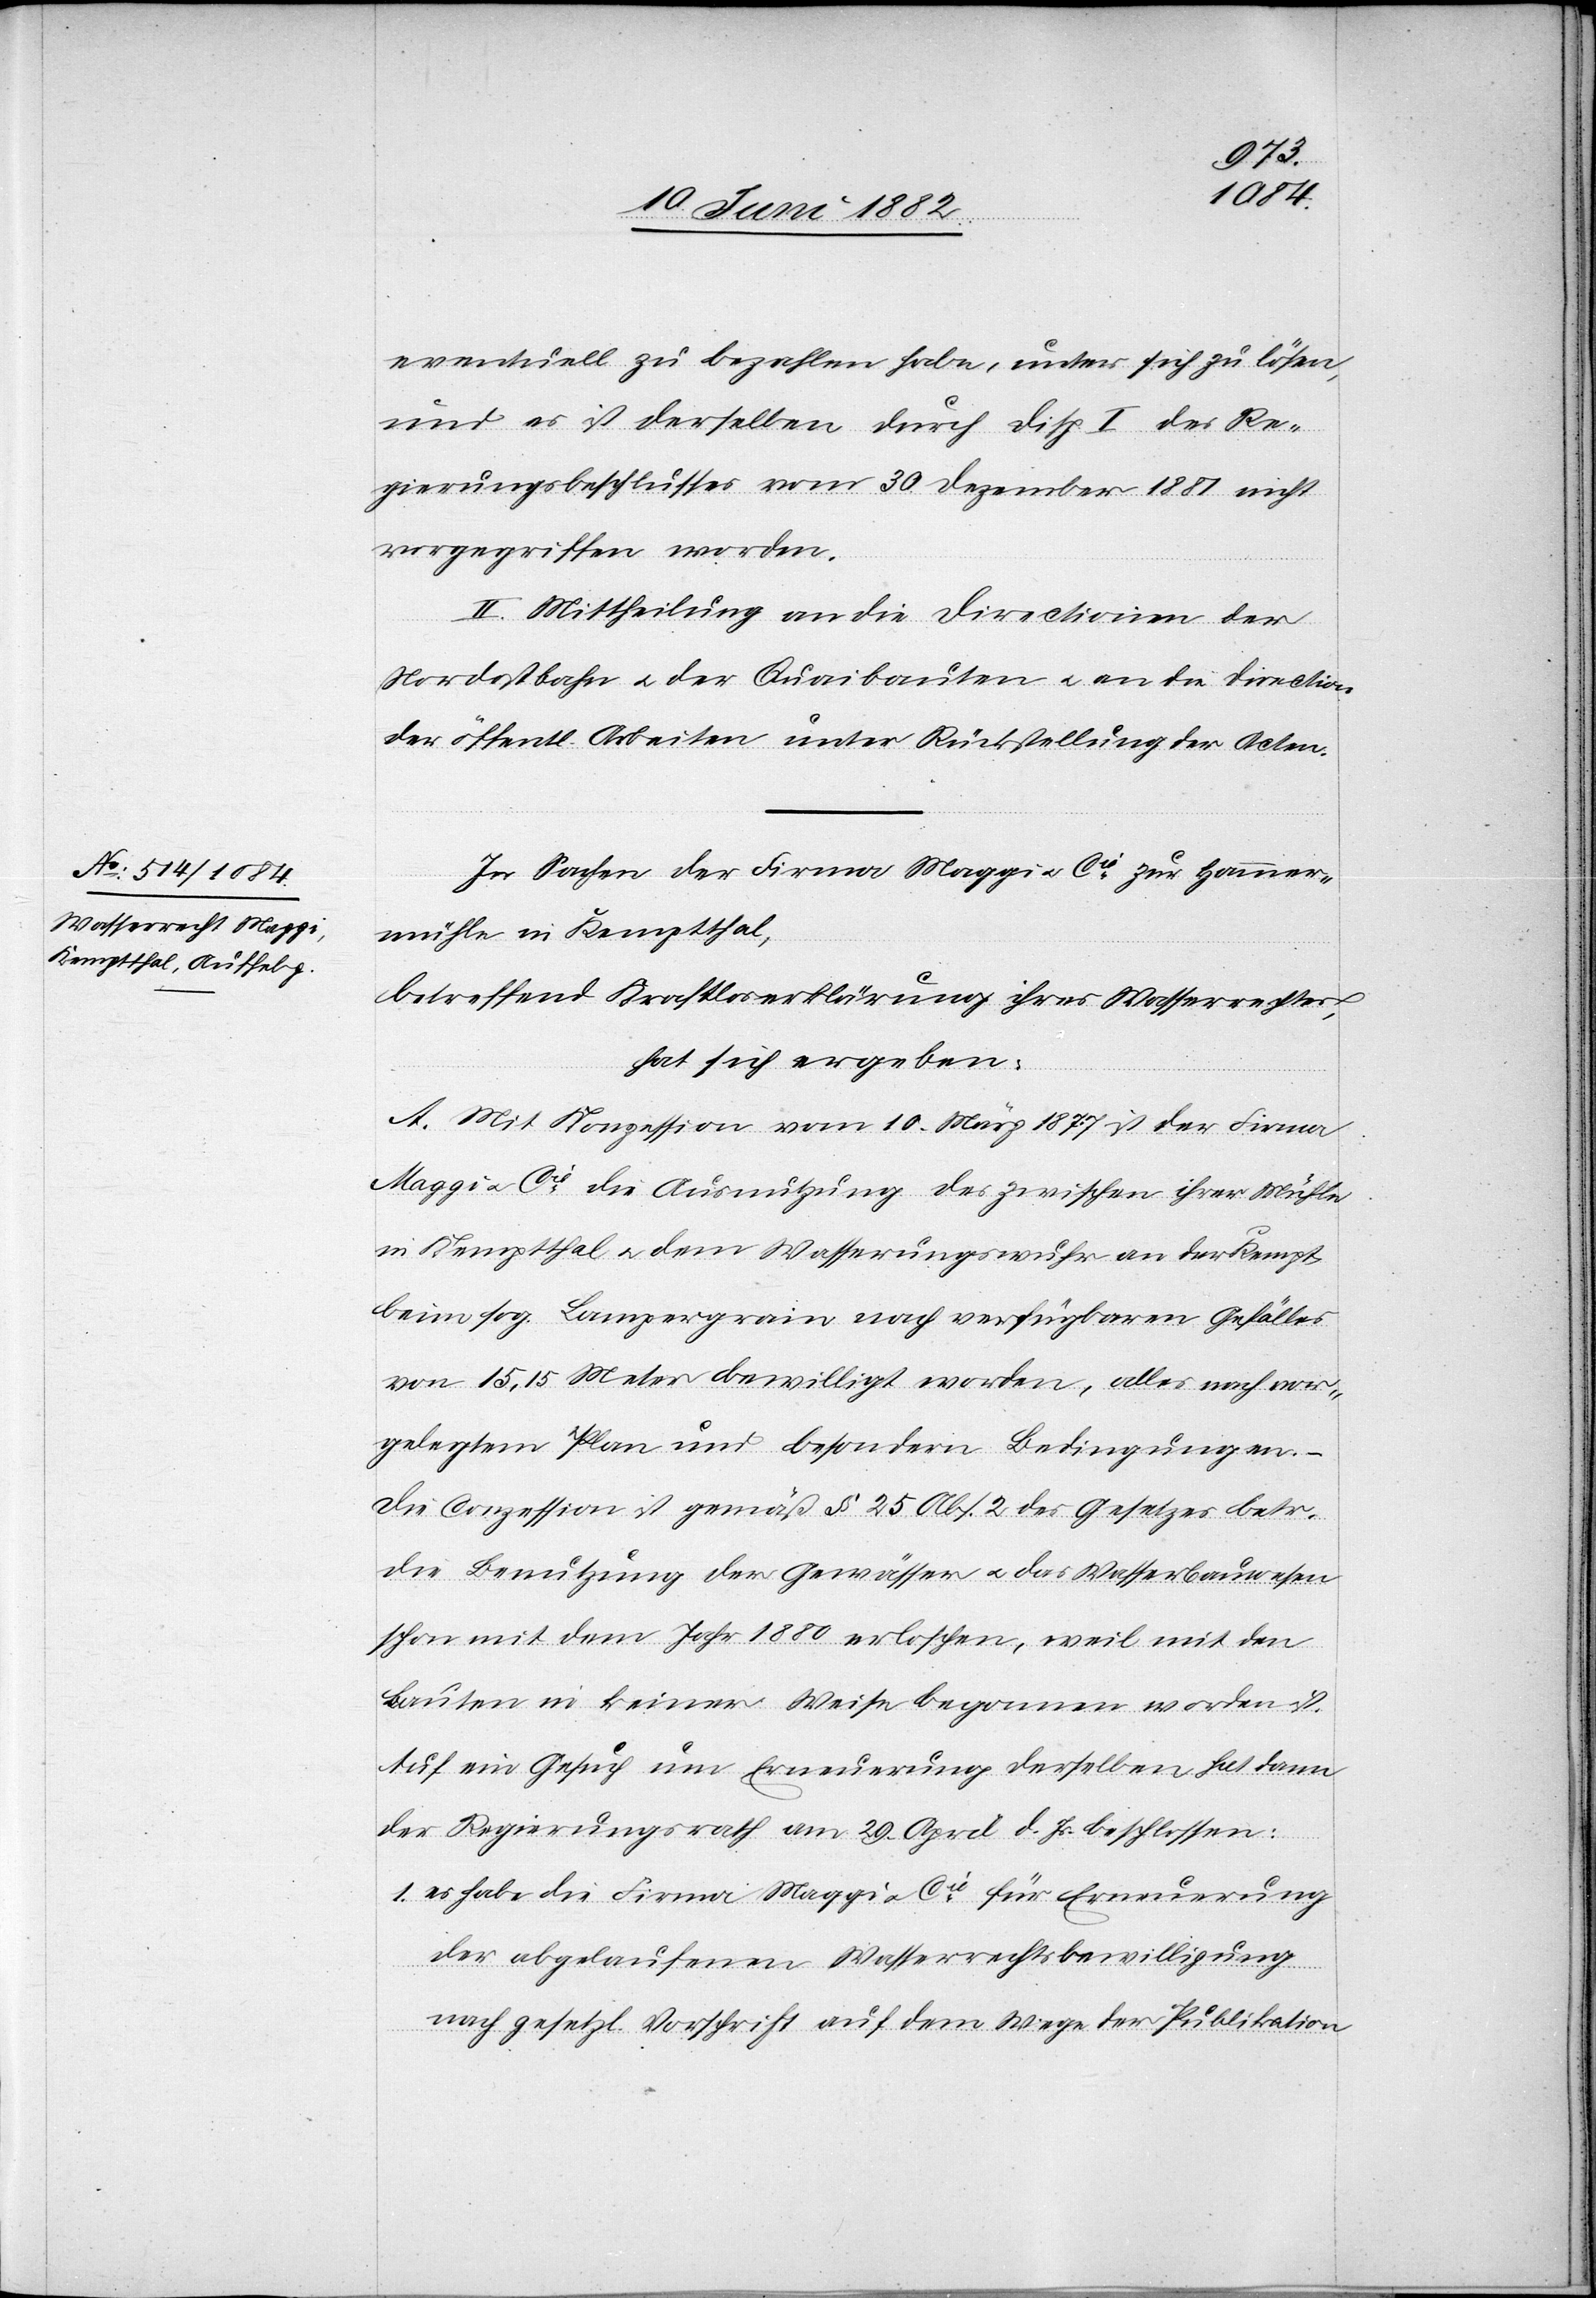
eventuell zu bezahlen habe, unter sich zu lösen,
und es ist derselben durch Disp. I des Re¬
gierungsbeschlusses vom 30. Dezember 1881 nicht
vorgegriffen worden.
II. Mittheilung an die Directionen der
Nordostbahn u. der Quaibauten u. an die Direction
der öffentl. Arbeiten unter Rückstellung der Acten.
In Sachen der Firma Maggi u. Cie zur Hammer¬
mühle in Kemptthal,
betreffend Kraftloserklärung ihres Wasserrechtes,
hat sich ergeben:
A. Mit Konzession vom 10. März 1877 ist der Firma
Maggi u. Cie die Ausnutzung des zwischen ihrer Mühle
in Kemptthal u. dem Wässerungswuhr an der Kempt
beim sog. Lampergrain nach verfügbaren Gefälles
von 165,15 Meter bewilligt worden, alles nach vor¬
gelegtem Plan und besondern Bedingungen. –
Die Conzession ist gemäß § 25 Abs. 2 des Gesetzes betr.
die Benutzung der Gewässer u. das Wasserbauwesen
schon mit dem Jahr 1880 erloschen, weil mit den
Bauten in keiner Weise begonnen worden ist.
Auf ein Gesuch um Erneuerung derselben hat dann
der Regierungsrath am 29. April d. Js. beschlossen:
1. es habe die Firma Maggi u. Cie für Erneuerung
der abgelaufenen Wasserrechtsbewilligung
nach gesetzl. Vorschrift auf dem Wege der Publikation